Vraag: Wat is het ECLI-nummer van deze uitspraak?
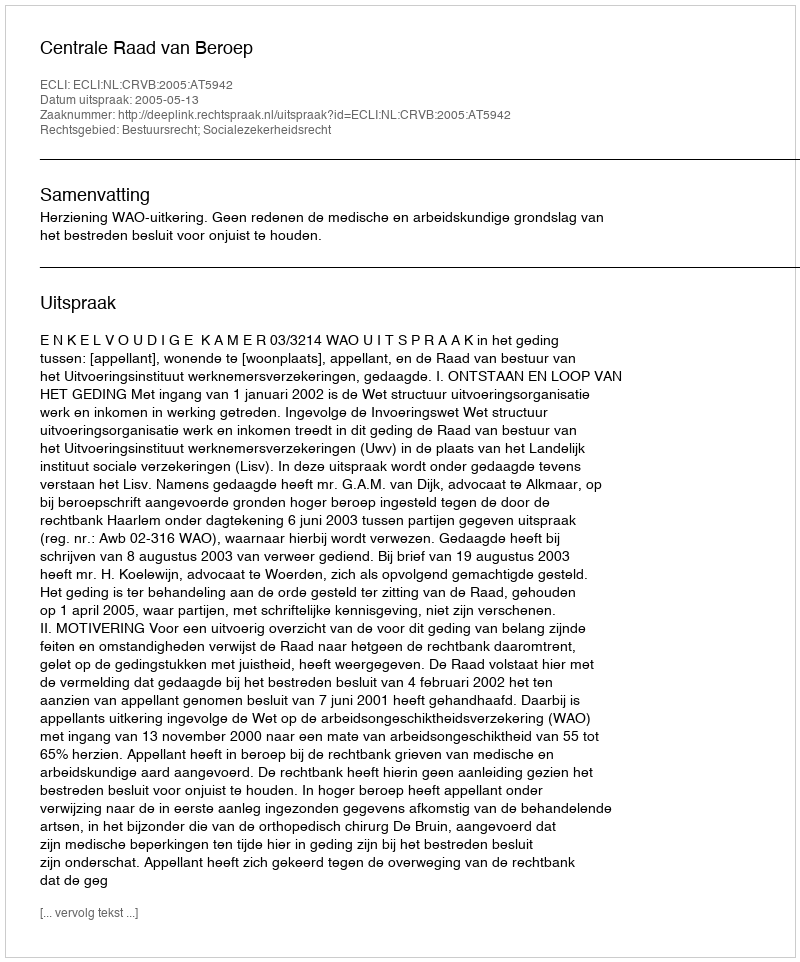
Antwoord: ECLI:NL:CRVB:2005:AT5942